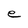
Character: e